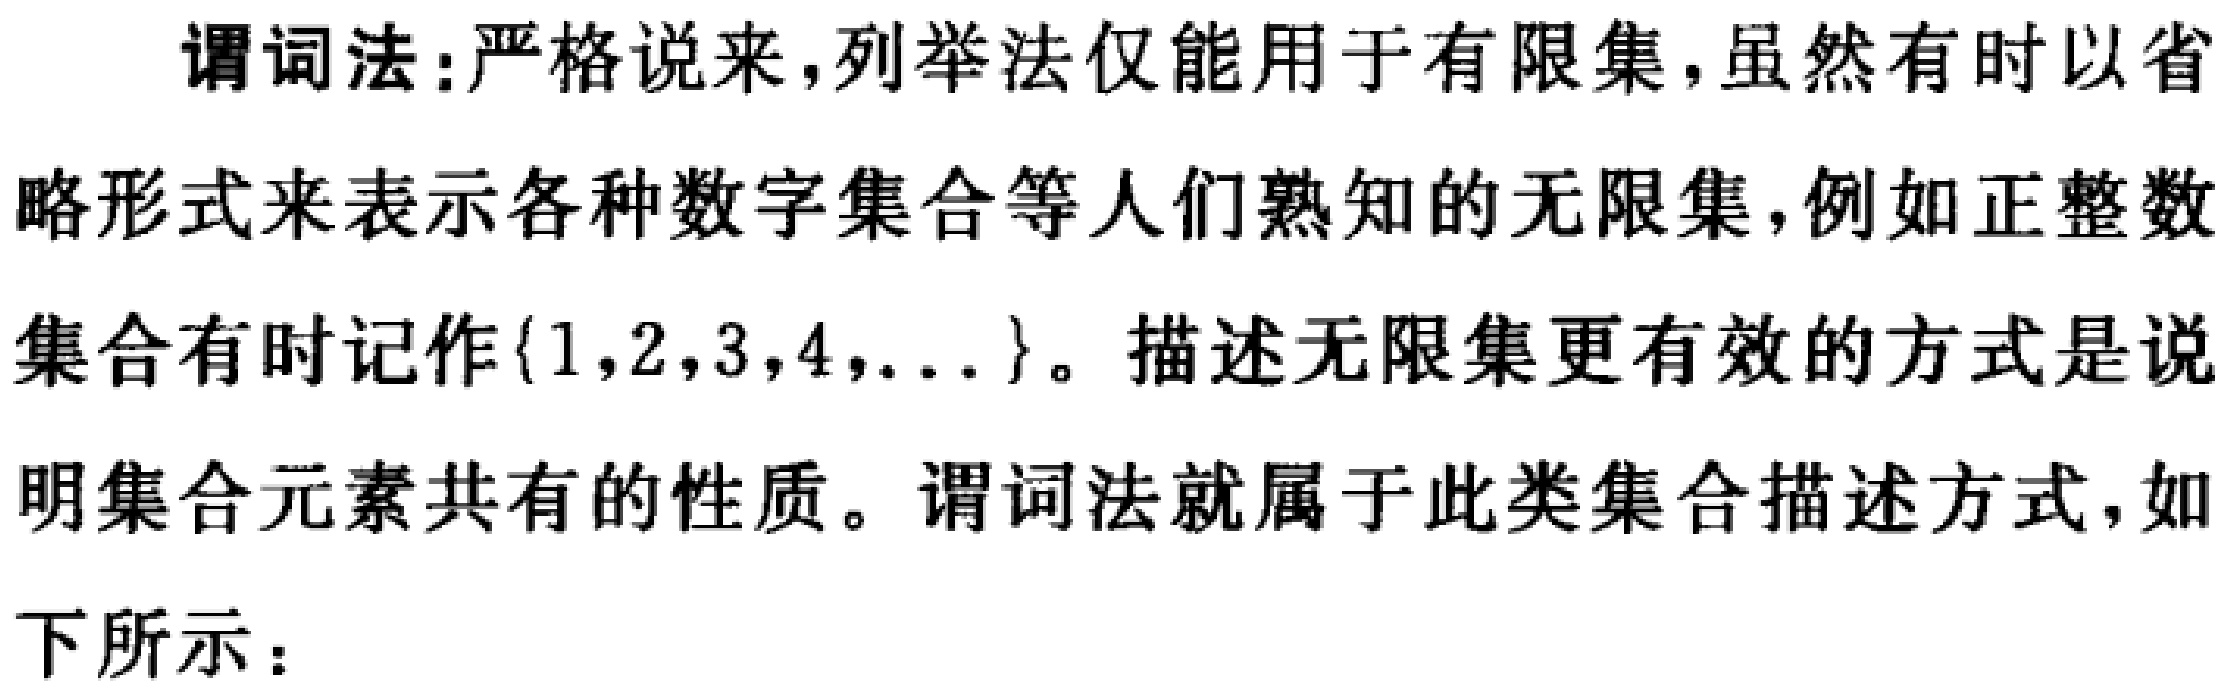
谓词法:严格说来,列举法仅能用于有限集,虽然有时以省略形式来表示各种数字集合等人们熟知的无限集,例如正整数集合有时记作\(\{1,2,3,4,\ldots\}\)。描述无限集更有效的方式是说明集合元素共有的性质。谓词法就属于此类集合描述方式,如下所示：